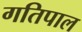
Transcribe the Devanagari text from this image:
गतिपाल